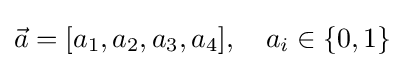
{\vec {a}}=[a_{1},a_{2},a_{3},a_{4}],\quad a_{i}\in \{0,1\}